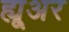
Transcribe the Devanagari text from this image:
ह्यू्अर